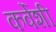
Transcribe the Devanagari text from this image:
कर्वेशी